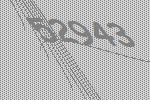
52943